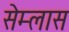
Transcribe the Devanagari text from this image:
सेम्लास